V__Kingissepa_nim__kolhoos, lk 31
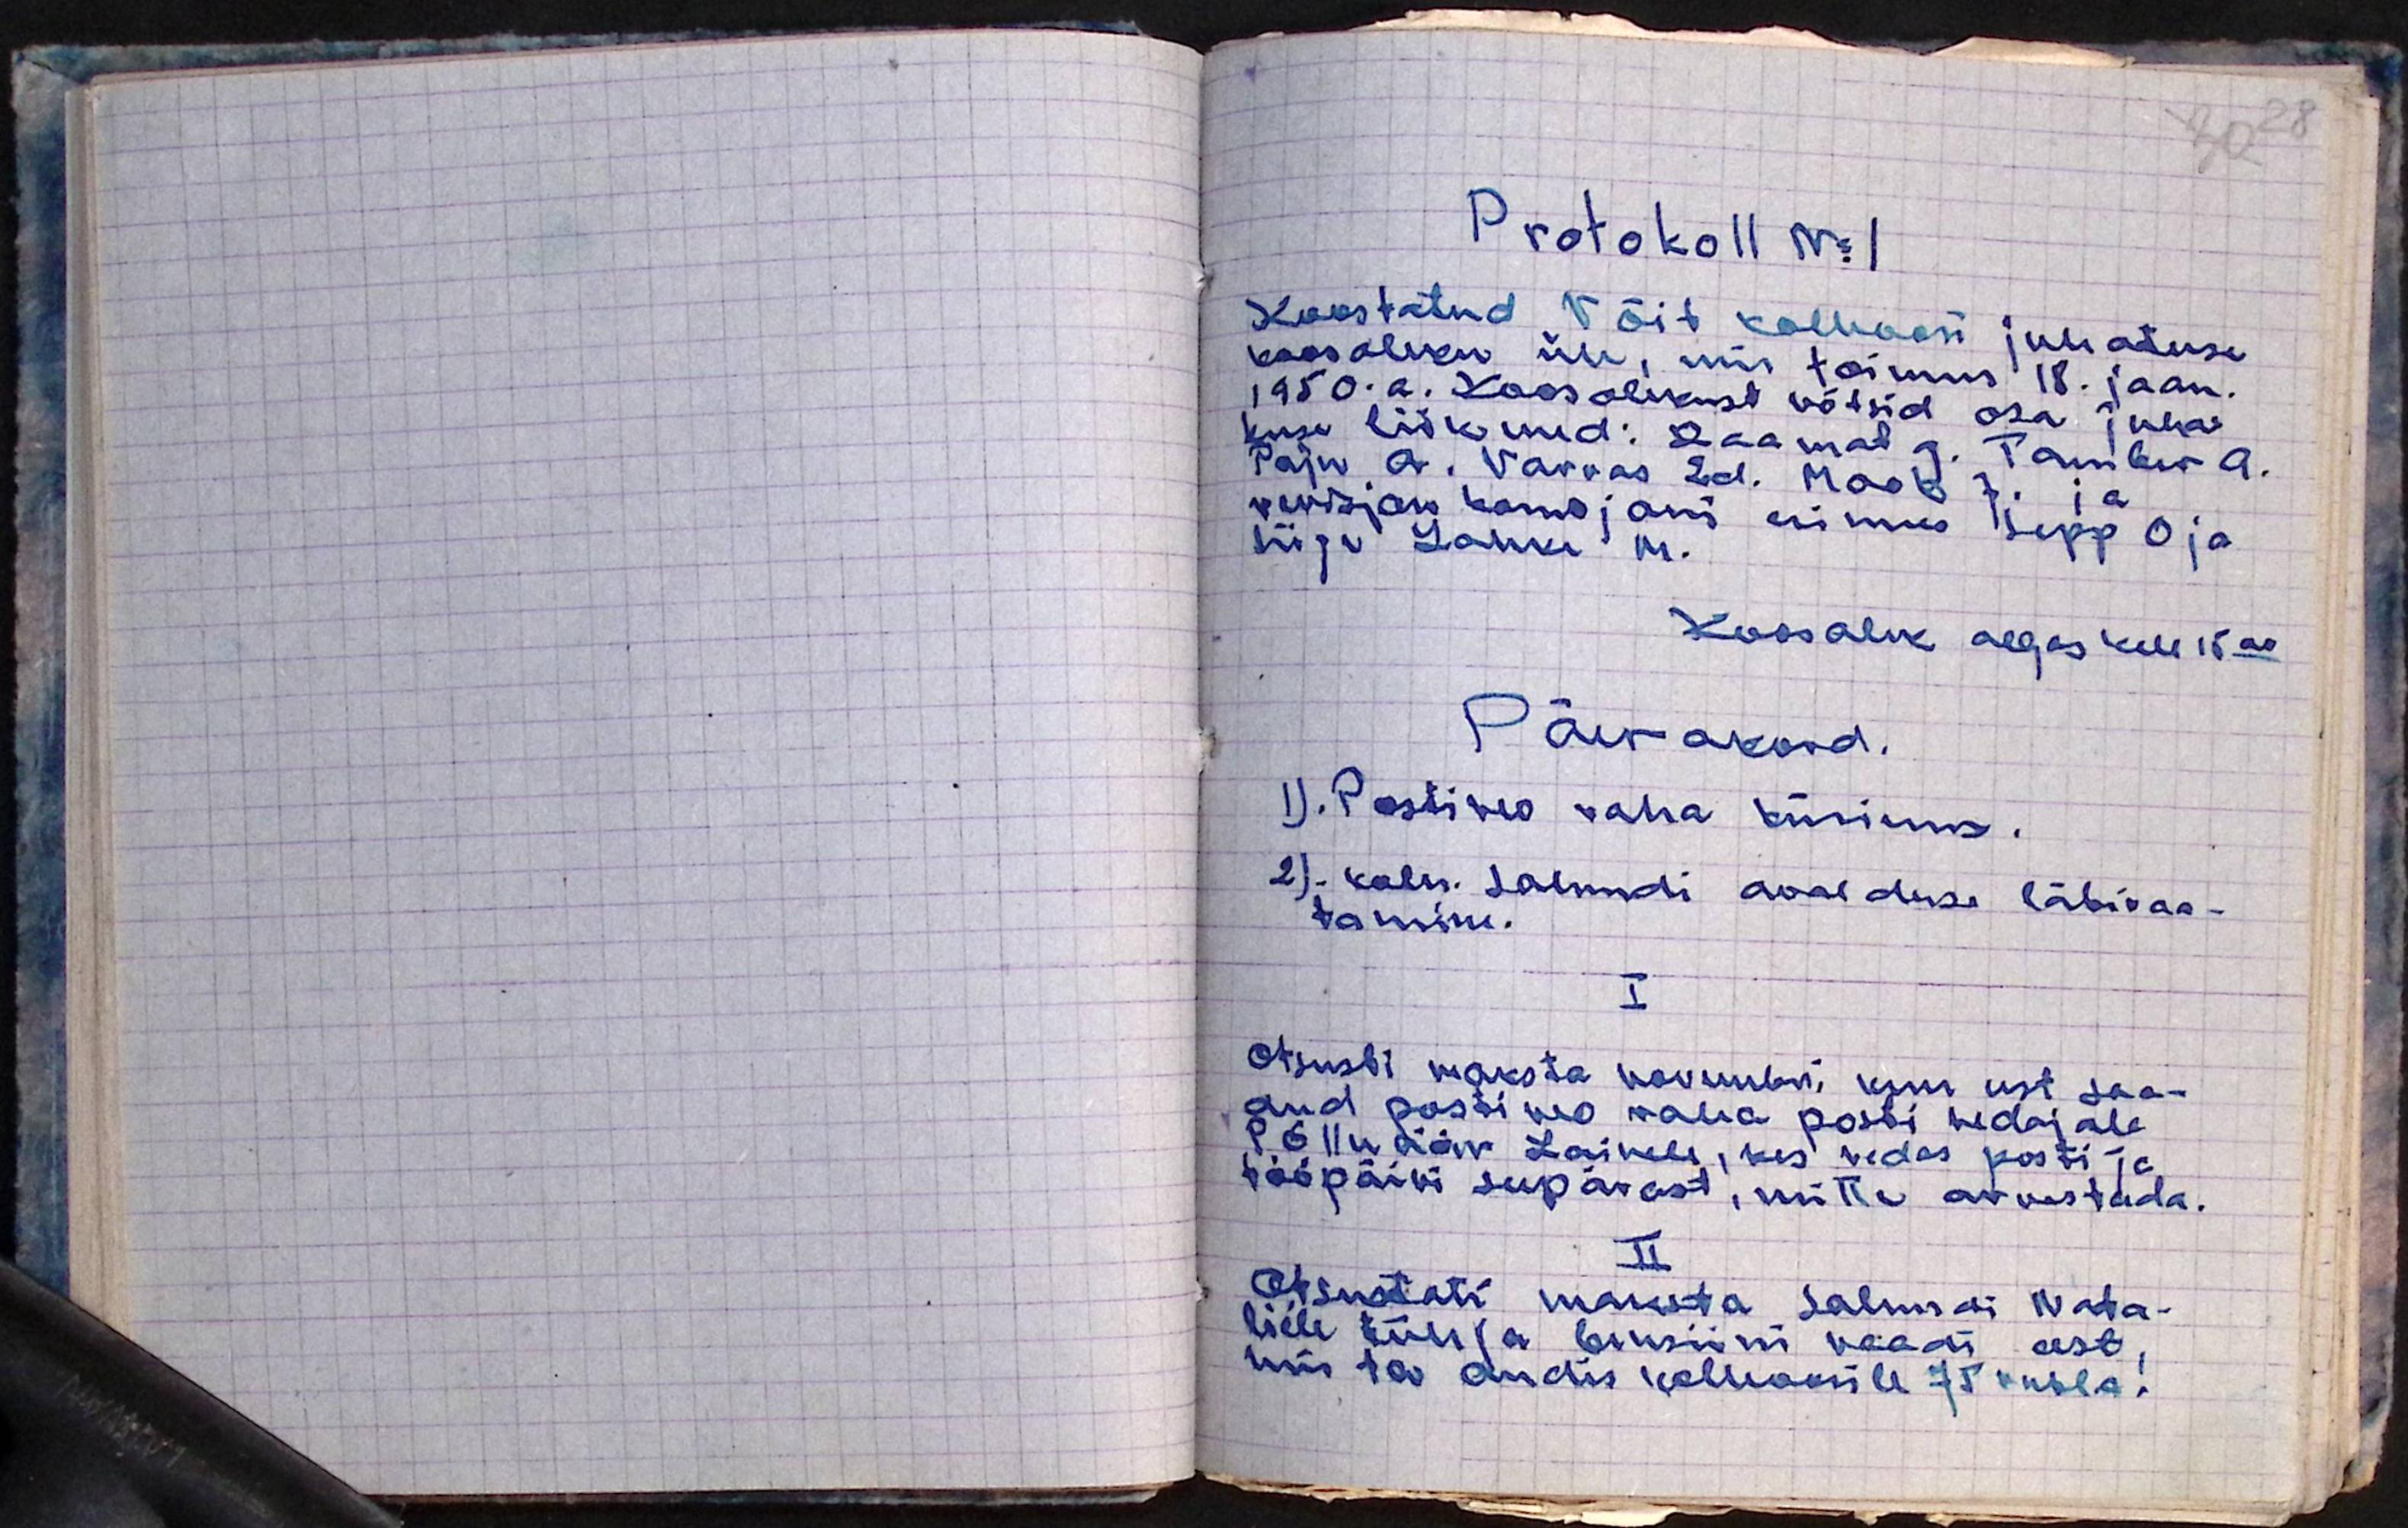
Protokoll No 1
Koostatud Võit kolhoosi juhatuse
koosoleku üle, mis toimus 18. jaan.
1950.a. Koosolekust võtsid osa juha-
tuse liikmed: Raamat G. Tambur A.
Paju A. Varvas Ed. Mook J. ja
revisjoni komisjoni Sepp O ja
liige Lahke M.
Koosolek algas kell 15.00
Päevakord.
1). Postiveo raha küsimus.
2). Kalle. Salundi avalduse läbivaa-
tamine.
I
Otsus: maksta novembri, kuu eest saa-
dud posti veo raha posti vedajale
Põlluäär Lainele, kes vedas posti ja
tööpäivi seepärast, mitte arvestada.
II
Otsustati maksta Salundi Nata-
liele tühja bensiini vaadi eest,
mis ta andis kolhoosile 75 rubla.